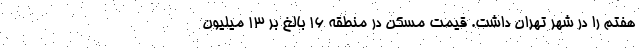
هفتم را در شهر تهران داشت. قیمت مسکن در منطقه ۱۶ بالغ بر ۱۳ میلیون